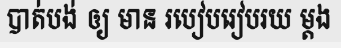
បាត់បង់ ឲ្យ មាន របៀបរៀបរយ ម្តង